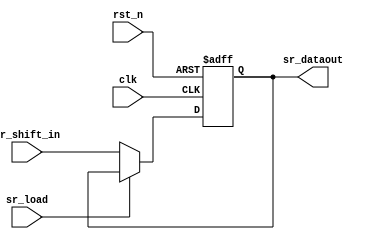
// This program was cloned from: https://github.com/chipsalliance/aib-phy-hardware
// License: Apache License 2.0

// SPDX-License-Identifier: Apache-2.0
// Copyright (C) 2019 Intel Corporation. 
module c3aibadapt_sr_out_bit
 #(
    parameter RESET_VAL = 0     // Reset value
  )
(
input wire  sr_shift_in,
input wire  sr_load,
input wire  clk,
input wire  rst_n,

output reg  sr_dataout
);

localparam reset_value = (RESET_VAL == 1) ? 1'b1 : 1'b0;

always @(negedge rst_n or posedge clk)
  if (rst_n == 1'b0)
    begin
      sr_dataout <= reset_value;
    end
  else
    begin
      sr_dataout <= (!sr_load) ? sr_shift_in : sr_dataout;
    end


endmodule